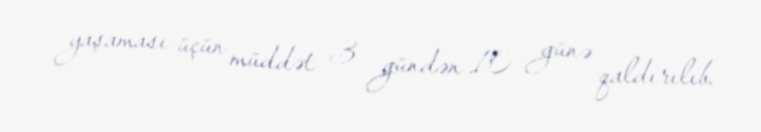
yaşaması üçün müddət 3 gündən 10 günə qaldırılıb.